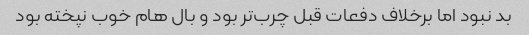
بد نبود اما برخلاف دفعات قبل چرب‌تر بود و بال هام خوب نپخته بود